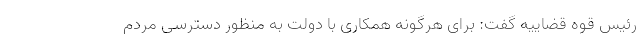
رئیس قوه قضاییه گفت: برای هرگونه همکاری با دولت به منظور دسترسی مردم